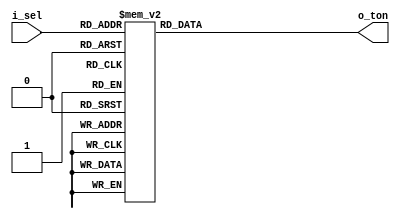
module ol_duty_sel
(
    input [7:0] i_sel,
    output reg [10:0] o_ton
);
    always@(*) begin
        case (i_sel)
            8'd0:	o_ton <= 0;
            8'd1:	o_ton <= 4;
            8'd2:	o_ton <= 8;
            8'd3:	o_ton <= 12;
            8'd4:	o_ton <= 16;
            8'd5:	o_ton <= 20;
            8'd6:	o_ton <= 24;
            8'd7:	o_ton <= 27;
            8'd8:	o_ton <= 31;
            8'd9:	o_ton <= 35;
            8'd10:	o_ton <= 39;
            8'd11:	o_ton <= 43;
            8'd12:	o_ton <= 47;
            8'd13:	o_ton <= 51;
            8'd14:	o_ton <= 55;
            8'd15:	o_ton <= 59;
            8'd16:	o_ton <= 63;
            8'd17:	o_ton <= 67;
            8'd18:	o_ton <= 71;
            8'd19:	o_ton <= 75;
            8'd20:	o_ton <= 78;
            8'd21:	o_ton <= 82;
            8'd22:	o_ton <= 86;
            8'd23:	o_ton <= 90;
            8'd24:	o_ton <= 94;
            8'd25:	o_ton <= 98;
            8'd26:	o_ton <= 102;
            8'd27:	o_ton <= 106;
            8'd28:	o_ton <= 110;
            8'd29:	o_ton <= 114;
            8'd30:	o_ton <= 118;
            8'd31:	o_ton <= 122;
            8'd32:	o_ton <= 125;
            8'd33:	o_ton <= 129;
            8'd34:	o_ton <= 133;
            8'd35:	o_ton <= 137;
            8'd36:	o_ton <= 141;
            8'd37:	o_ton <= 145;
            8'd38:	o_ton <= 149;
            8'd39:	o_ton <= 153;
            8'd40:	o_ton <= 157;
            8'd41:	o_ton <= 161;
            8'd42:	o_ton <= 165;
            8'd43:	o_ton <= 169;
            8'd44:	o_ton <= 173;
            8'd45:	o_ton <= 176;
            8'd46:	o_ton <= 180;
            8'd47:	o_ton <= 184;
            8'd48:	o_ton <= 188;
            8'd49:	o_ton <= 192;
            8'd50:	o_ton <= 196;
            8'd51:	o_ton <= 200;
            8'd52:	o_ton <= 204;
            8'd53:	o_ton <= 208;
            8'd54:	o_ton <= 212;
            8'd55:	o_ton <= 216;
            8'd56:	o_ton <= 220;
            8'd57:	o_ton <= 224;
            8'd58:	o_ton <= 227;
            8'd59:	o_ton <= 231;
            8'd60:	o_ton <= 235;
            8'd61:	o_ton <= 239;
            8'd62:	o_ton <= 243;
            8'd63:	o_ton <= 247;
            8'd64:	o_ton <= 251;
            8'd65:	o_ton <= 255;
            8'd66:	o_ton <= 259;
            8'd67:	o_ton <= 263;
            8'd68:	o_ton <= 267;
            8'd69:	o_ton <= 271;
            8'd70:	o_ton <= 275;
            8'd71:	o_ton <= 278;
            8'd72:	o_ton <= 282;
            8'd73:	o_ton <= 286;
            8'd74:	o_ton <= 290;
            8'd75:	o_ton <= 294;
            8'd76:	o_ton <= 298;
            8'd77:	o_ton <= 302;
            8'd78:	o_ton <= 306;
            8'd79:	o_ton <= 310;
            8'd80:	o_ton <= 314;
            8'd81:	o_ton <= 318;
            8'd82:	o_ton <= 322;
            8'd83:	o_ton <= 325;
            8'd84:	o_ton <= 329;
            8'd85:	o_ton <= 333;
            8'd86:	o_ton <= 337;
            8'd87:	o_ton <= 341;
            8'd88:	o_ton <= 345;
            8'd89:	o_ton <= 349;
            8'd90:	o_ton <= 353;
            8'd91:	o_ton <= 357;
            8'd92:	o_ton <= 361;
            8'd93:	o_ton <= 365;
            8'd94:	o_ton <= 369;
            8'd95:	o_ton <= 373;
            8'd96:	o_ton <= 376;
            8'd97:	o_ton <= 380;
            8'd98:	o_ton <= 384;
            8'd99:	o_ton <= 388;
            8'd100: o_ton <=	392;
            8'd101: o_ton <=	396;
            8'd102: o_ton <=	400;
            8'd103: o_ton <=	404;
            8'd104: o_ton <=	408;
            8'd105: o_ton <=	412;
            8'd106: o_ton <=	416;
            8'd107: o_ton <=	420;
            8'd108: o_ton <=	424;
            8'd109: o_ton <=	427;
            8'd110: o_ton <=	431;
            8'd111: o_ton <=	435;
            8'd112: o_ton <=	439;
            8'd113: o_ton <=	443;
            8'd114: o_ton <=	447;
            8'd115: o_ton <=	451;
            8'd116: o_ton <=	455;
            8'd117: o_ton <=	459;
            8'd118: o_ton <=	463;
            8'd119: o_ton <=	467;
            8'd120: o_ton <=	471;
            8'd121: o_ton <=	475;
            8'd122: o_ton <=	478;
            8'd123: o_ton <=	482;
            8'd124: o_ton <=	486;
            8'd125: o_ton <=	490;
            8'd126: o_ton <=	494;
            8'd127: o_ton <=	498;
            8'd128: o_ton <=	502;
            8'd129: o_ton <=	506;
            8'd130: o_ton <=	510;
            8'd131: o_ton <=	514;
            8'd132: o_ton <=	518;
            8'd133: o_ton <=	522;
            8'd134: o_ton <=	525;
            8'd135: o_ton <=	529;
            8'd136: o_ton <=	533;
            8'd137: o_ton <=	537;
            8'd138: o_ton <=	541;
            8'd139: o_ton <=	545;
            8'd140: o_ton <=	549;
            8'd141: o_ton <=	553;
            8'd142: o_ton <=	557;
            8'd143: o_ton <=	561;
            8'd144: o_ton <=	565;
            8'd145: o_ton <=	569;
            8'd146: o_ton <=	573;
            8'd147: o_ton <=	576;
            8'd148: o_ton <=	580;
            8'd149: o_ton <=	584;
            8'd150: o_ton <=	588;
            8'd151: o_ton <=	592;
            8'd152: o_ton <=	596;
            8'd153: o_ton <=	600;
            8'd154: o_ton <=	604;
            8'd155: o_ton <=	608;
            8'd156: o_ton <=	612;
            8'd157: o_ton <=	616;
            8'd158: o_ton <=	620;
            8'd159: o_ton <=	624;
            8'd160: o_ton <=	627;
            8'd161: o_ton <=	631;
            8'd162: o_ton <=	635;
            8'd163: o_ton <=	639;
            8'd164: o_ton <=	643;
            8'd165: o_ton <=	647;
            8'd166: o_ton <=	651;
            8'd167: o_ton <=	655;
            8'd168: o_ton <=	659;
            8'd169: o_ton <=	663;
            8'd170: o_ton <=	667;
            8'd171: o_ton <=	671;
            8'd172: o_ton <=	675;
            8'd173: o_ton <=	678;
            8'd174: o_ton <=	682;
            8'd175: o_ton <=	686;
            8'd176: o_ton <=	690;
            8'd177: o_ton <=	694;
            8'd178: o_ton <=	698;
            8'd179: o_ton <=	702;
            8'd180: o_ton <=	706;
            8'd181: o_ton <=	710;
            8'd182: o_ton <=	714;
            8'd183: o_ton <=	718;
            8'd184: o_ton <=	722;
            8'd185: o_ton <=	725;
            8'd186: o_ton <=	729;
            8'd187: o_ton <=	733;
            8'd188: o_ton <=	737;
            8'd189: o_ton <=	741;
            8'd190: o_ton <=	745;
            8'd191: o_ton <=	749;
            8'd192: o_ton <=	753;
            8'd193: o_ton <=	757;
            8'd194: o_ton <=	761;
            8'd195: o_ton <=	765;
            8'd196: o_ton <=	769;
            8'd197: o_ton <=	773;
            8'd198: o_ton <=	776;
            8'd199: o_ton <=	780;
            8'd200: o_ton <=	784;
            8'd201: o_ton <=	788;
            8'd202: o_ton <=	792;
            8'd203: o_ton <=	796;
            8'd204: o_ton <=	800;
            8'd205: o_ton <=	804;
            8'd206: o_ton <=	808;
            8'd207: o_ton <=	812;
            8'd208: o_ton <=	816;
            8'd209: o_ton <=	820;
            8'd210: o_ton <=	824;
            8'd211: o_ton <=	827;
            8'd212: o_ton <=	831;
            8'd213: o_ton <=	835;
            8'd214: o_ton <=	839;
            8'd215: o_ton <=	843;
            8'd216: o_ton <=	847;
            8'd217: o_ton <=	851;
            8'd218: o_ton <=	855;
            8'd219: o_ton <=	859;
            8'd220: o_ton <=	863;
            8'd221: o_ton <=	867;
            8'd222: o_ton <=	871;
            8'd223: o_ton <=	875;
            8'd224: o_ton <=	878;
            8'd225: o_ton <=	882;
            8'd226: o_ton <=	886;
            8'd227: o_ton <=	890;
            8'd228: o_ton <=	894;
            8'd229: o_ton <=	898;
            8'd230: o_ton <=	902;
            8'd231: o_ton <=	906;
            8'd232: o_ton <=	910;
            8'd233: o_ton <=	914;
            8'd234: o_ton <=	918;
            8'd235: o_ton <=	922;
            8'd236: o_ton <=	925;
            8'd237: o_ton <=	929;
            8'd238: o_ton <=	933;
            8'd239: o_ton <=	937;
            8'd240: o_ton <=	941;
            8'd241: o_ton <=	945;
            8'd242: o_ton <=	949;
            8'd243: o_ton <=	953;
            8'd244: o_ton <=	957;
            8'd245: o_ton <=	961;
            8'd246: o_ton <=	965;
            8'd247: o_ton <=	969;
            8'd248: o_ton <=	973;
            8'd249: o_ton <=	976;
            8'd250: o_ton <=	980;
            8'd251: o_ton <=	984;
            8'd252: o_ton <=	988;
            8'd253: o_ton <=	992;
            8'd254: o_ton <=	996;
            8'd255: o_ton <=	100;
        endcase
    end
endmodule